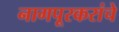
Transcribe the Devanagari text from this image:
नागपूरकरांचे